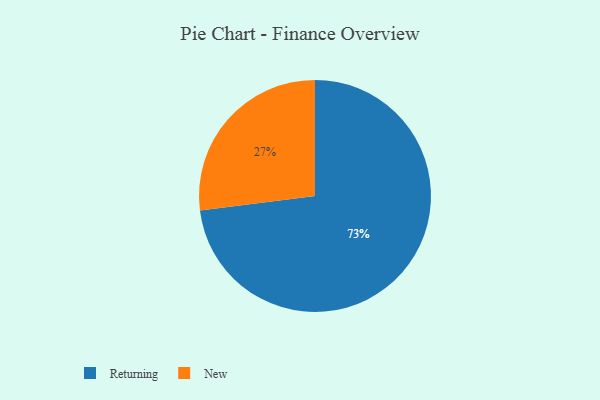
{"axis": {"x": "Category", "y": "Percentage"}, "legend": ["New", "Returning"], "data": [{"x": "New", "y": 27, "type": "New"}, {"x": "Returning", "y": 73, "type": "Returning"}]}